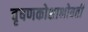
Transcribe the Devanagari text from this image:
वृषणकोशाभोवती